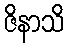
ဇိနာသိ